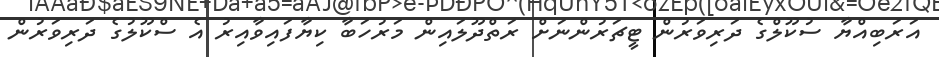
އަރަބިއްޔާ ސުކޫލްގެ ދަރިވަރުން ޓީޗަރުންނަށް ރަތްދޫލައިން މަރުހަބާ ކިޔާފައިވާއިރު އެ ސްކޫލުގެ ދަރިވަރުން